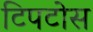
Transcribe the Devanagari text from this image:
टिपटोस